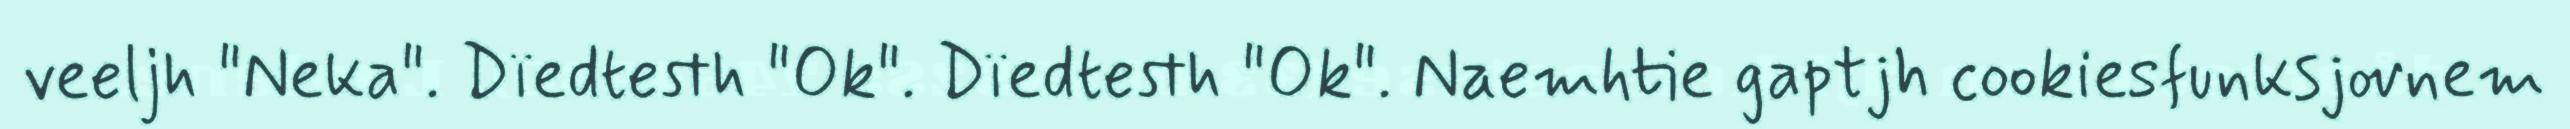
veeljh "Neka". Dïedtesth "Ok". Dïedtesth "Ok". Naemhtie gaptjh cookiesfunksjovnem